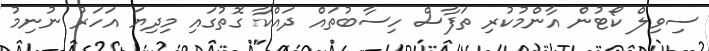
ސިވިލް ކޯޓުން އާންމުކުރި ތަފާސް ހިސާބުތައް ދައްކާ ގޮތުގައި މިދިޔަ އަހަރު ނުނިމު